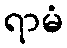
ရာမံ